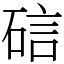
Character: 䂴